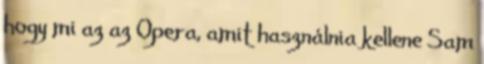
hogy mi az az Opera, amit használnia kellene Sam